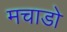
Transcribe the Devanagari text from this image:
मचाडो